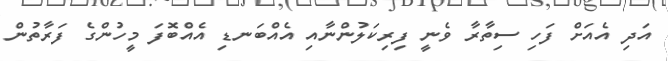
އަދި އެއަށް ފަހި ސިތާރާ ވެނީ ފިރިކަލުންނާއި އެއްބަނޑި އެއްބޮފަ މީހުންގެ ފަރާތުން